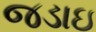
જડાઇ